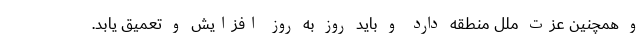
و همچنین عزت ملل منطقه دارد و باید روز به روز افزایش و تعمیق یابد.